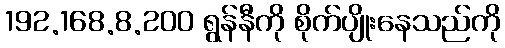
192.168.8.200 ရွန်နီကို စိုက်ပျိုးနေသည်ကို